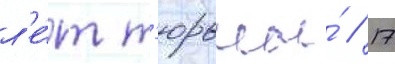
л'е́т т'юрьмы́ // 17